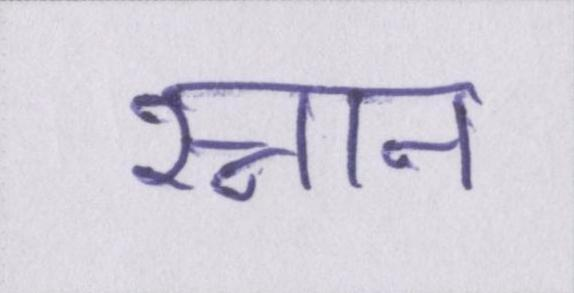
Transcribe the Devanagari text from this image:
स्नान